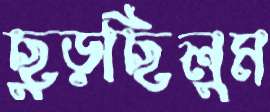
ছুড়ছিলুম